Lunatic asylums Punjab 1868-1880 - 1868-1880
Year: 1868
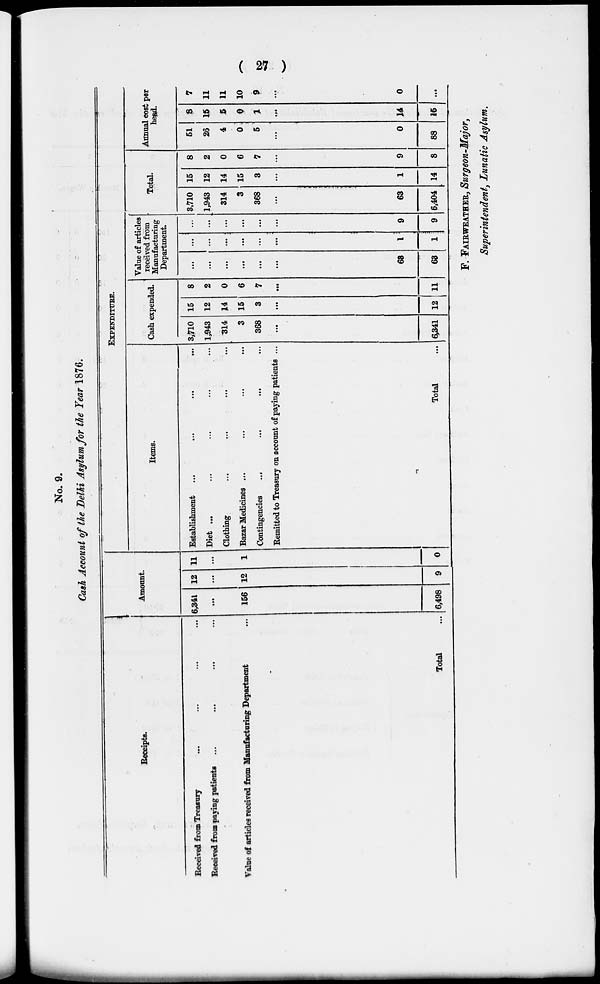
( 27 )
No. 9.
Cash Account of the Delhi Asylum for the Year 1876.
Receipts.
Received from Treasury ... ... ... ...
Received from paying patients ... ... ... ...
Value of articles received from Manufacturing Department ...
Total ...
Amount.
6,341
...
156
6,498
12
...
12
9
11
...
1
0
EXPENDITURE.
Items.
Establishment
...
...
...
...
Diet ... ... ... ...
Clothing ... ... ... ...
Bazar Medicines ... ... ... ...
Contingencies ... ... ... ...
Remitted to Treasury on account of paying patients ...
Total
Cash expended.
3,710
1,943
314
3
368
...
6,341
15
12
14
15
3
...
12
8
2
0
6
7
...
11
Value of articles
received from
Manufacturing
Department.
...
...
...
...
...
...
68
63
...
...
...
...
...
...
1
1
...
...
...
...
...
...
9
9
Total.
8,710
1,943
314
3
368
...
63
6,404
15
12
14
15
3
...
1
14
8
2
0
6
7
...
9
8
Annual cost per
head.
51
26
4
0
5
...
0
88
8
15
5
0
1
...
14
15
7
11
11
10
9
...
0
...
F. FAIRWEATHER, Surgeon-Major,
Superintendent, Lunatic Asylum.